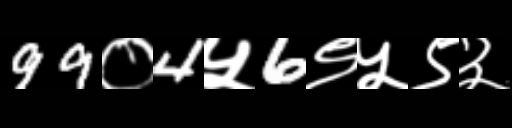
Text: 99०4५6९५९३